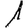
Digit: 1